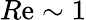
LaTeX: R\mathrm{e}\sim1